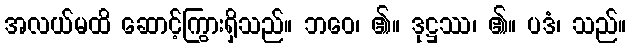
အလယ်မထိ ဆောင့်ကြွားရှိသည်။ ဘဝေ၊ ၏။ ဒုဋ္ဌဿ၊ ၏။ ပဒံ၊ သည်။